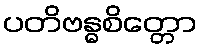
ပတိဗန္ဓစိတ္တော